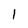
Character: 1